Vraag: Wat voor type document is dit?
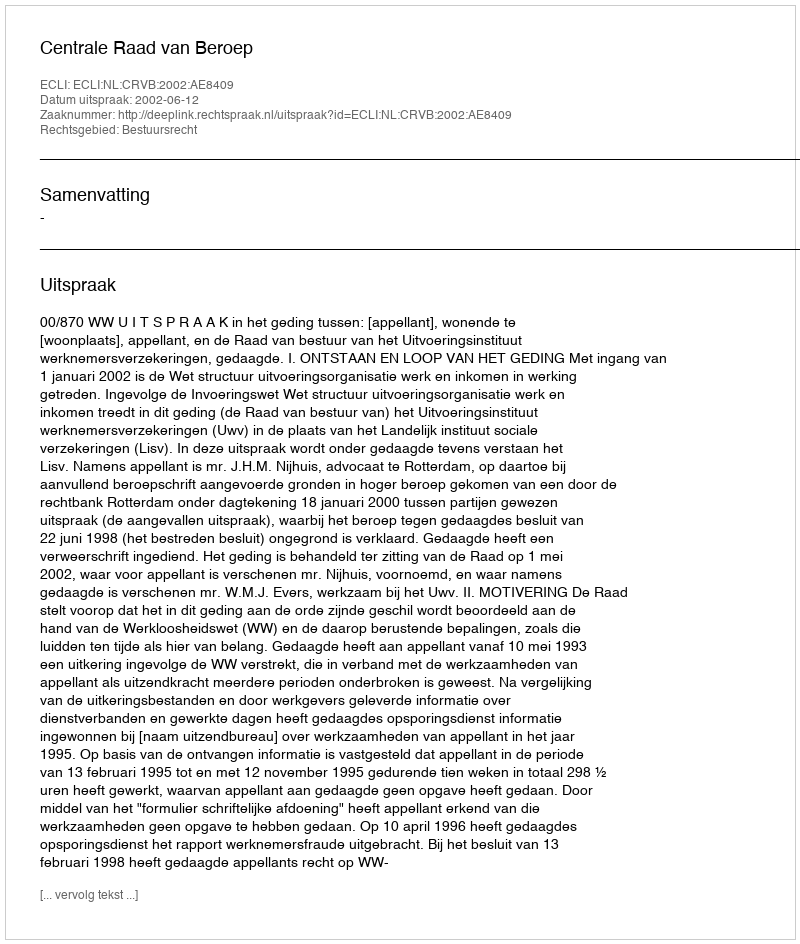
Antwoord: Uitspraak